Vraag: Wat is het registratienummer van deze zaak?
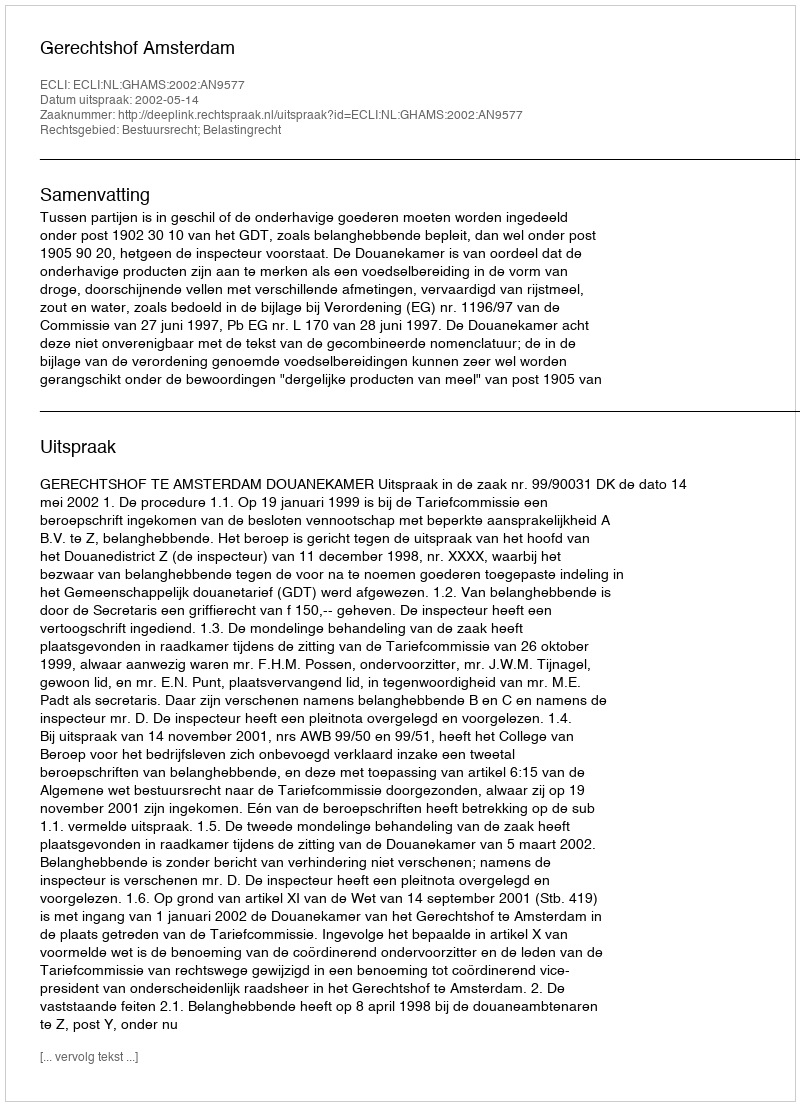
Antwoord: http://deeplink.rechtspraak.nl/uitspraak?id=ECLI:NL:GHAMS:2002:AN9577